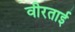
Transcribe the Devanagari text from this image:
वीरताई